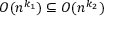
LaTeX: O ( n ^ { k _ { 1 } } ) \subseteq O ( n ^ { k _ { 2 } } )